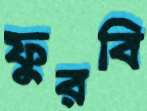
ফুরবি